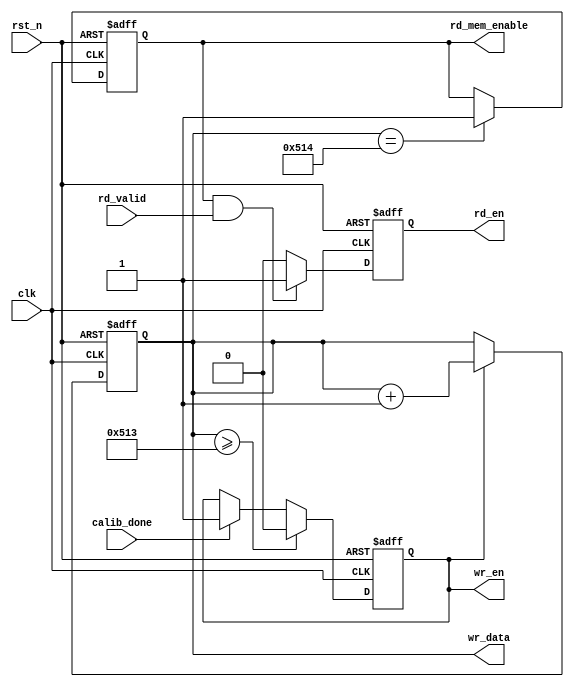
`timescale 1ns / 1ps
//////////////////////////////////////////////////////////////////////////////////
// Module Name: testdata_gen_valid
// Description: DDR3, FIFO, FIFO
//////////////////////////////////////////////////////////////////////////////////


module testdata_gen_valid
    #(parameter FIFO_WR_WIDTH = 5'd16)  //FIFO
    (
        input   wire                        clk             ,  //FIFO
        input   wire                        rst_n           ,
        input   wire                        calib_done      ,  //DDR3
            
        //   
        output  reg [FIFO_WR_WIDTH-1:0]     wr_data         ,   //FIFO
        output  reg                         wr_en           ,   //FIFO
                        
        //               
        output  reg                         rd_en           ,   //FIFO
        output  reg                         rd_mem_enable   ,   //, DDR3 SDRAM
        input   wire                        rd_valid            //, 
    );
    
    //wr_en
    always@(posedge clk or negedge rst_n) begin
        if(~rst_n) begin
            wr_en <= 1'b0;
        end else if(wr_data >= 16'd1299) begin //
            wr_en <= 1'b0;
        end else if(calib_done) begin  //DDR3, FIFO
            wr_en <= 1'b1;
        end else begin
            wr_en <= wr_en;
        end
    end
    
    //wr_data
    always@(posedge clk or negedge rst_n) begin
        if(~rst_n) begin
            wr_data <= 'd0;
        end else if(wr_en) begin  //FIFO
            wr_data <= wr_data + 'd1;
        end else begin
            wr_data <= wr_data;
        end
    end
    
    //rd_mem_enable 
    always@(posedge clk or negedge rst_n) begin
        if(~rst_n) begin
            rd_mem_enable <= 1'b0;
        end else if(wr_data == 'd1300) begin  //, DDR3 SDRAM
            rd_mem_enable <= 1'b1;
        end else begin
            rd_mem_enable <= rd_mem_enable;
        end
    
    end
    
    //rd_en
    always@(posedge clk or negedge rst_n) begin
        if(~rst_n) begin
            rd_en <= 1'b0;
        end else if(rd_mem_enable && rd_valid) begin  //, FIFO, 1000
            rd_en <= 1'b1;
        end else begin
            rd_en <= 1'b0;
        end 
    end
    
endmodule